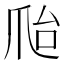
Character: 𰟽